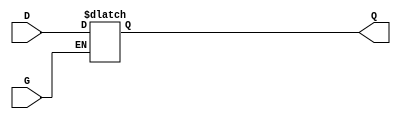
module gated_latch (
    input wire D,   // Data input
    input wire G,   // Gate signal
    output reg Q    // Output
);

// Always block that captures input when the gate signal is high
always @(*) begin
    if (G) begin
        Q <= D;    // When G is high, output follows the input
    end
    // No need for an else clause; Q retains its value when G is low
end

endmodule